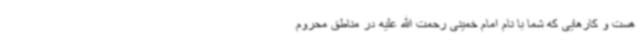
هست و کارهایی که شما با نام امام خمینی رحمت الله علیه در مناطق محروم